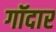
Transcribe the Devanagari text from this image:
गॉदार